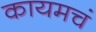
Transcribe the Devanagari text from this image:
कायमचं